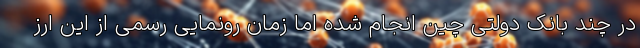
در چند بانک دولتی چین انجام شده اما زمان رونمایی رسمی از این ارز